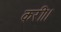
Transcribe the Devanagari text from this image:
करी।।